Indian journal of veterinary science and animal husbandry - Volume 12,
Year: 1942
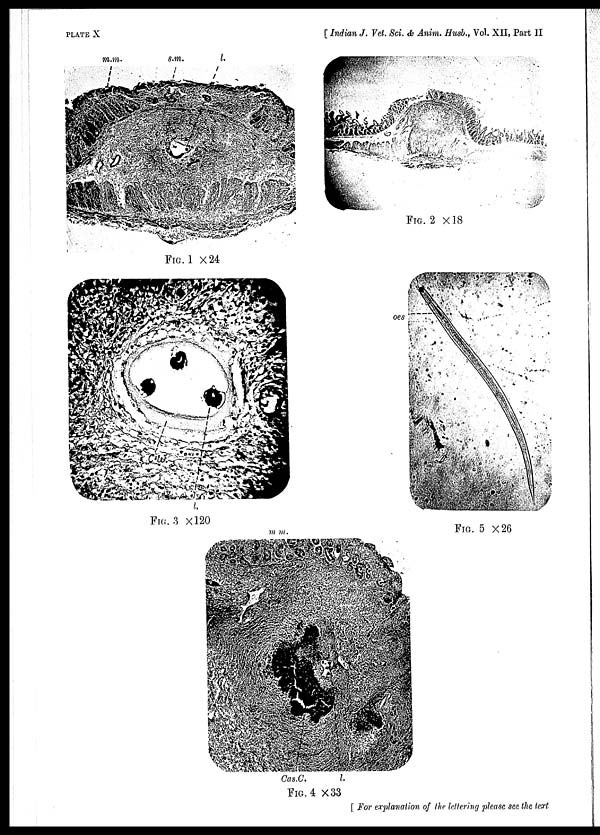
PLATE
X
[ Indian J. Vet. Sci. & Anim. Hush., Vol. XII, Part II
FIG.1 ×24
FIG. 2 ×18
FIG. 3 ×120
FIG. 4 ×33
FIG. 5 ×26
[ For explanation of the lettering please see the text